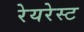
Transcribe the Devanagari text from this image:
रेयरेस्ट